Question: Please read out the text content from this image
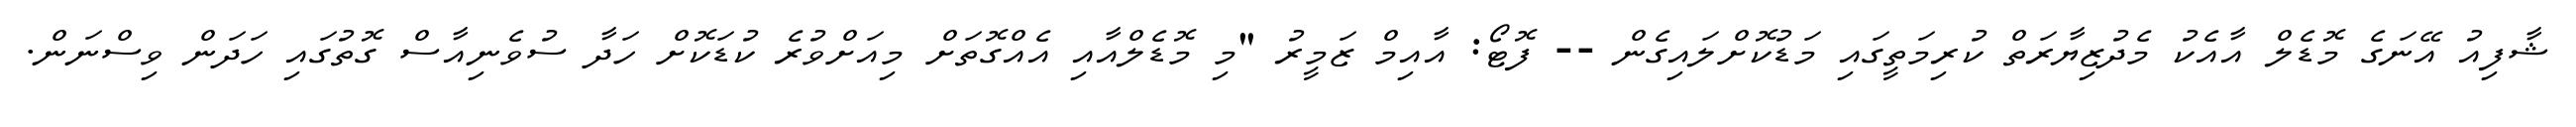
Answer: ޝާފިއު އޭނަގެ މޮޑެލް އާއެކު މެދުޒިޔާރަތް ކުރިމަތީގައި މަޑުކޮށްލައިގެން -- ފޮޓޯ: އާއިމް ޒަމީރު "މި މޮޑެލްއާއި އެއްގޮތަށް މިއަށްވުރެ ކުޑަކޮށް ހަދާ ސުވެނިއާސް ގޮތުގައި ހަދަން ވިސްނަން.